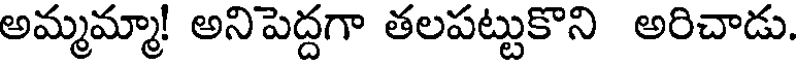
అమ్మమ్మా! అనిపెద్దగా తలపట్టుకొని అరిచాడు.